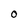
Character: O